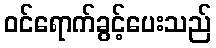
ဝင်ရောက်ခွင့်ပေးသည်